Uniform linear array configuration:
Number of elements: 12
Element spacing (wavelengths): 0.25
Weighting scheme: uniform
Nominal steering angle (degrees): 45
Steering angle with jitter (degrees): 44.718
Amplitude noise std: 0.05
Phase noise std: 0.05

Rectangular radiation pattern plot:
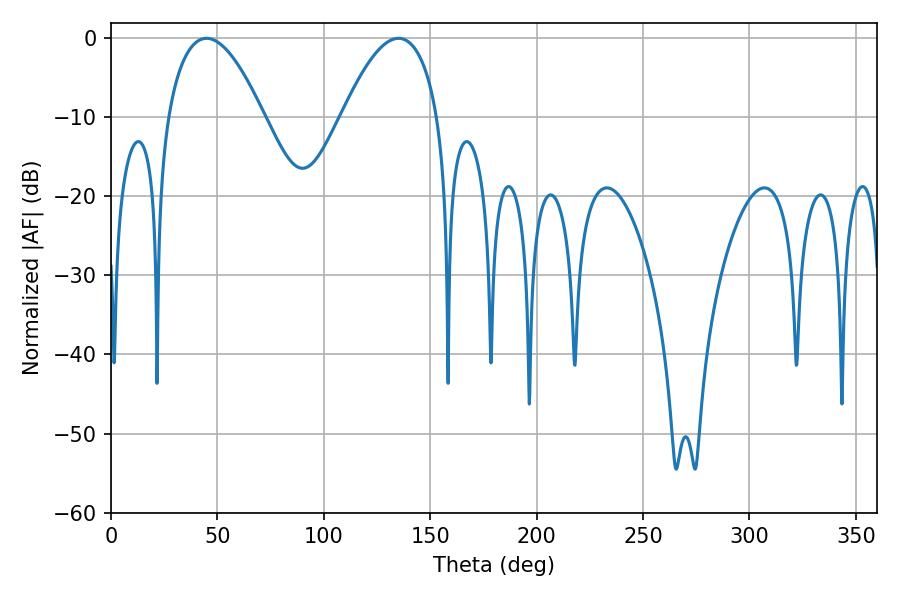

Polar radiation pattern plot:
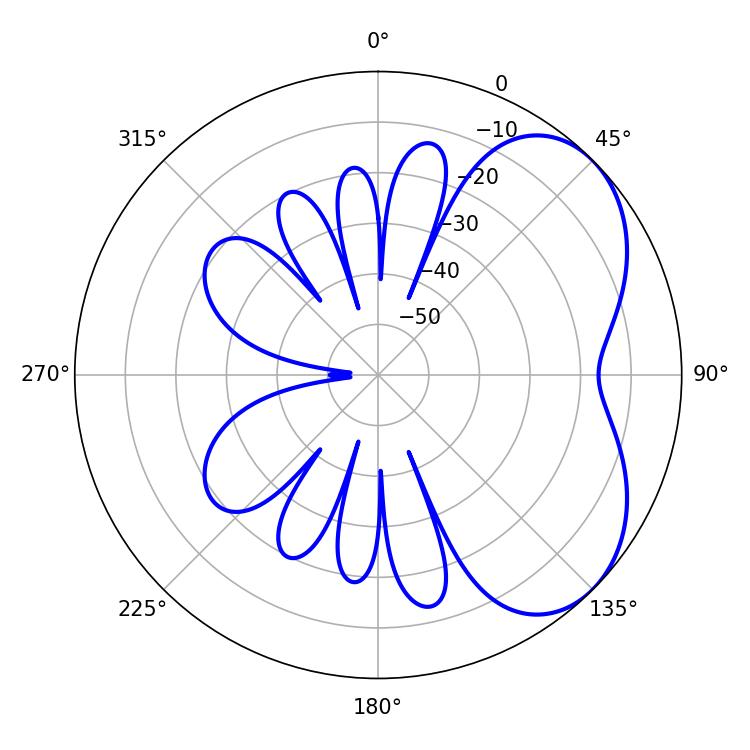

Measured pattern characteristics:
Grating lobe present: FALSE
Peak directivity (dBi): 4.696
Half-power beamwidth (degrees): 24.84
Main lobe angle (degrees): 44.82